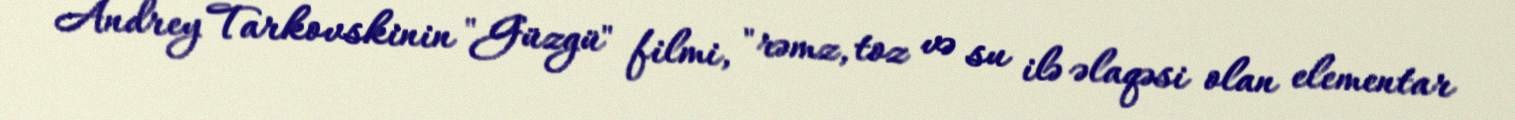
Andrey Tarkovskinin "Güzgü" filmi, "rəmz, toz və su ilə əlaqəsi olan elementar